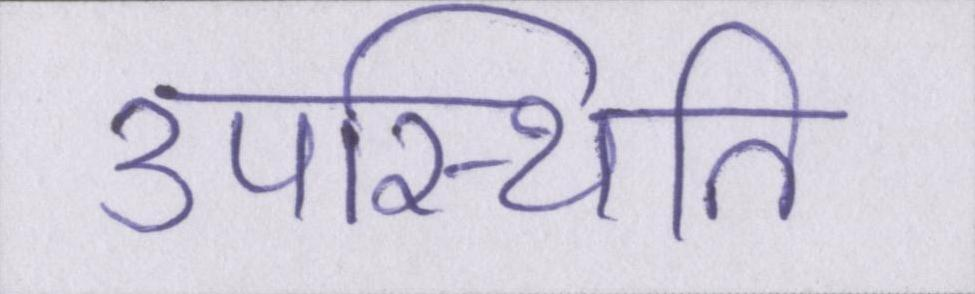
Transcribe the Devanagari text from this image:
उपस्थिति